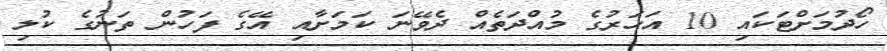
ހޯދުމަށްޓަކައި 10 އަހަރުގެ މުއްދަތެއް ދެވޭނަ ކަމަށާއި އޭގެ ފަހުން ތަނުގެ ކުލި